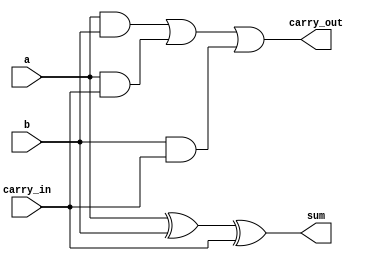
module fulladder_dataflow(sum, carry_out, a, b, carry_in);

   input a, b, carry_in;
   output sum, carry_out;

   assign sum = a ^ b ^ carry_in;
   assign carry_out = a & b | a & carry_in | b & carry_in;

endmodule // fulladder_dataflow